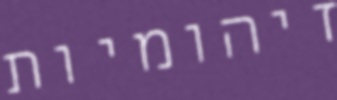
זיהומיות